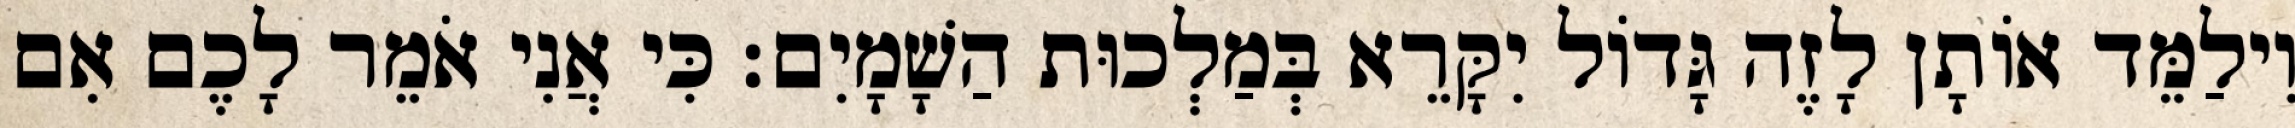
וִילַמֵּד אוֹתָן לָזֶה גָּדוֹל יִקָּרֵא בְּמַלְכוּת הַשָׁמָיִם׃ כִּי אֲנִי אֹמֵר לָכֶם אִם